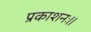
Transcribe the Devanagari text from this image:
प्रकाशनः।।